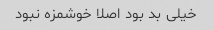
خیلی بد بود اصلا خوشمزه نبود